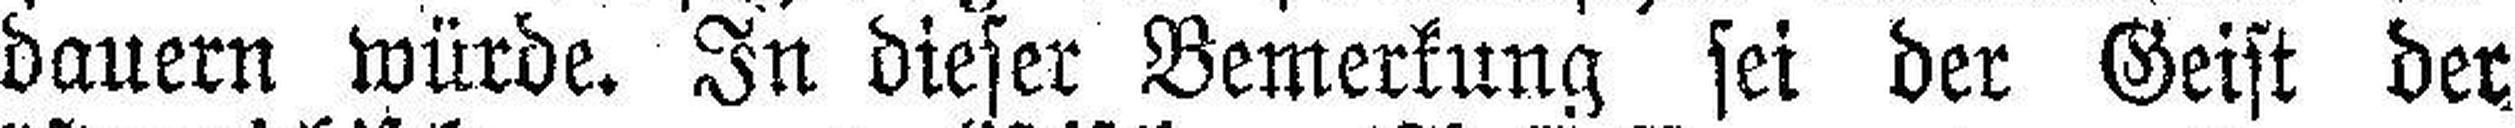
dauern würde. In dieser Bemerkung sei der Geist der